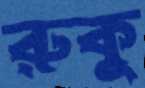
রুকু